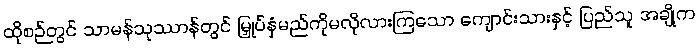
ထိုစဉ်တွင် သာမန်သုဿာန်တွင် မြှုပ်နှံမည်ကိုမလိုလားကြသော ကျောင်းသားနှင့် ပြည်သူ အချို့က